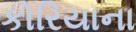
કોરિયાના